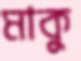
মাকুু